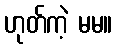
ဟုတ်ကဲ့ မမ။